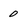
Character: 0